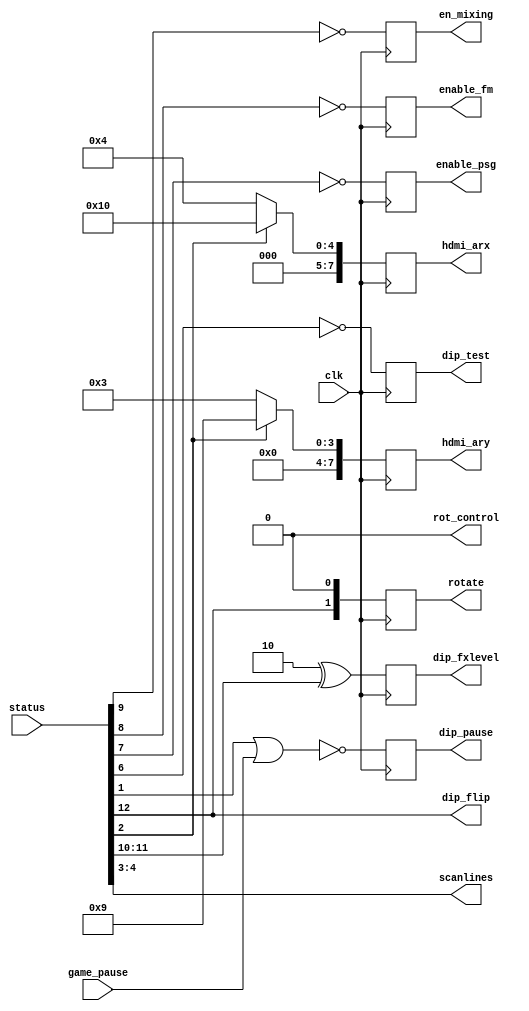
/*
  
   Multicore 2 / Multicore 2+
  
   Copyright (c) 2017-2020 - Victor Trucco

  
   All rights reserved
  
   Redistribution and use in source and synthezised forms, with or without
   modification, are permitted provided that the following conditions are met:
  
   Redistributions of source code must retain the above copyright notice,
   this list of conditions and the following disclaimer.
  
   Redistributions in synthesized form must reproduce the above copyright
   notice, this list of conditions and the following disclaimer in the
   documentation and/or other materials provided with the distribution.
  
   Neither the name of the author nor the names of other contributors may
   be used to endorse or promote products derived from this software without
   specific prior written permission.
  
   THIS CODE IS PROVIDED BY THE COPYRIGHT HOLDERS AND CONTRIBUTORS "AS IS"
   AND ANY EXPRESS OR IMPLIED WARRANTIES, INCLUDING, BUT NOT LIMITED TO,
   THE IMPLIED WARRANTIES OF MERCHANTABILITY AND FITNESS FOR A PARTICULAR
   PURPOSE ARE DISCLAIMED. IN NO EVENT SHALL THE AUTHOR OR CONTRIBUTORS BE
   LIABLE FOR ANY DIRECT, INDIRECT, INCIDENTAL, SPECIAL, EXEMPLARY, OR
   CONSEQUENTIAL DAMAGES (INCLUDING, BUT NOT LIMITED TO, PROCUREMENT OF
   SUBSTITUTE GOODS OR SERVICES; LOSS OF USE, DATA, OR PROFITS; OR BUSINESS
   INTERRUPTION) HOWEVER CAUSED AND ON ANY THEORY OF LIABILITY, WHETHER IN
   CONTRACT, STRICT LIABILITY, OR TORT (INCLUDING NEGLIGENCE OR OTHERWISE)
   ARISING IN ANY WAY OUT OF THE USE OF THIS SOFTWARE, EVEN IF ADVISED OF THE
   POSSIBILITY OF SUCH DAMAGE.
  
   You are responsible for any legal issues arising from your use of this code.
  
*//*  This file is part of JT_GNG.
    JT_GNG program is free software: you can redistribute it and/or modify
    it under the terms of the GNU General Public License as published by
    the Free Software Foundation, either version 3 of the License, or
    (at your option) any later version.

    JT_GNG program is distributed in the hope that it will be useful,
    but WITHOUT ANY WARRANTY; without even the implied warranty of
    MERCHANTABILITY or FITNESS FOR A PARTICULAR PURPOSE.  See the
    GNU General Public License for more details.

    You should have received a copy of the GNU General Public License
    along with JT_GNG.  If not, see <http://www.gnu.org/licenses/>.

    Author: Jose Tejada Gomez. Twitter: @topapate
    Version: 1.0
    Date: 20-10-2019 */

`timescale 1ns/1ps

module jtframe_dip(
    input              clk,
    input      [31:0]  status,
    input              game_pause,

    //Video aspect ratio for HDMI. Most retro systems have ratio 4:3.
    output reg [ 7:0]  hdmi_arx,
    output reg [ 7:0]  hdmi_ary,
    output reg [ 1:0]  rotate,
    output             rot_control,
    output reg         en_mixing,
    output     [1:0]   scanlines,

    output reg         enable_fm,
    output reg         enable_psg,

    output reg         dip_test,
    // non standard:
    output reg         dip_pause,
    output             dip_flip,
    output reg [ 1:0]  dip_fxlevel
);

// "T0,RST;", // 15
// "O1,Pause,OFF,ON;",
// "-;",
// "F,rom;",
// "O2,Aspect Ratio,Original,Wide;",
// "OD,Original screen,No,Yes;",
// "O35,Scandoubler Fx,None,HQ2x,CRT 25%,CRT 50%,CRT 75%;",
// "O6,Test mode,OFF,ON;",
// "O7,PSG,ON,OFF;",
// "O8,FM ,ON,OFF;",
// "O9,Screen filter,ON,OFF;",
// "OAB,FX volume, high, very high, very low, low;",
// core-specific settings should start at letter G (i.e. 16)

assign dip_flip    = status[12];

wire   widescreen  = status[2];
assign scanlines   = status[4:3]; //status[5:3];

`ifdef VERTICAL_SCREEN
    `ifdef MISTER
    wire   tate   = status[13]; // 1 if screen is vertical (tate in Japanese)
    assign rot_control = 1'b0;
    `else
    wire   tate   = 1'b1;      // MiST is always vertical
    assign rot_control = status[13];
    `endif
    wire   swap_ar = tate;
`else
    wire   tate   = 1'b0;
    assign rot_control = 1'b0;
    wire   swap_ar = 1'b1;
`endif

// all signals that are not direct re-wirings are latched
always @(posedge clk) begin
    rotate      <= { dip_flip, tate && !rot_control };
    dip_fxlevel <= 2'b10 ^ status[11:10];
    en_mixing   <= ~status[9];
    enable_fm   <= ~status[8];
    enable_psg  <= ~status[7];
    // only for MiSTer
    hdmi_arx    <= widescreen ? 8'd16 : swap_ar ? 8'd4 : 8'd3;
    hdmi_ary    <= widescreen ? 8'd9  : swap_ar ? 8'd3 : 8'd4;


    `ifdef SIMULATION
        `ifdef DIP_TEST
            dip_test  <= 1'b0;
        `else
            dip_test  <= 1'b1;
        `endif

        `ifdef DIP_PAUSE
            dip_pause <= 1'b0; // use to simulate pause screen
        `else
            dip_pause <= 1'b1; // avoid having the main CPU halted in simulation
        `endif
    `else
        dip_test  <= ~status[6];
        dip_pause <= ~(status[1] | game_pause); // all dips are active low
    `endif
end

endmodule